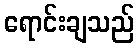
ရောင်းချသည်